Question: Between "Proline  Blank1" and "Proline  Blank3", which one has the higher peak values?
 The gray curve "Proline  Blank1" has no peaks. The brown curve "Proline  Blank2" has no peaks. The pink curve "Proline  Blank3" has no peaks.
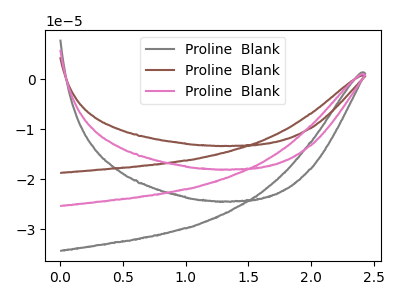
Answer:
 <answer>Niether CV has any peaks.</answer>
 <eval>blanks</eval>